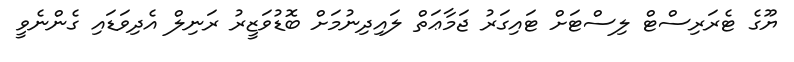
ޔޫގެ ޓެރަރިސްޓް ލިސްޓަށް ޓައިގަރު ޖަމާޢަތް ލައިދިނުމަށް ބޮޑުވަޒީރު ރަނިލް އެދިވަޑައި ގެންނެވީ